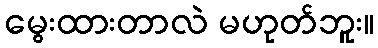
မွေးထားတာလဲ မဟုတ်ဘူး။